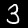
Label: 3